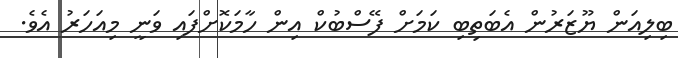
ބިލިއަން ޔޫޒަރުން އެބަތިބި ކަމަށް ފޭސްބުކް އިން ހާމަކޮށްފައި ވަނީ މިއަހަރު އެވެ.